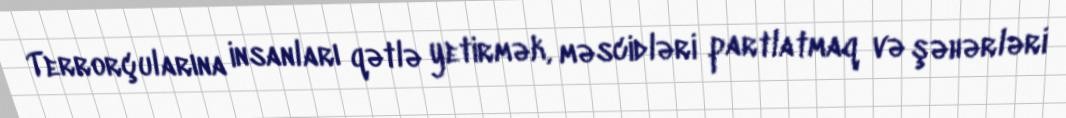
Terrorçularına insanları qətlə yetirmək, məscidləri partlatmaq və şəhərləri